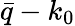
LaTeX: \bar{q}-k_{0}